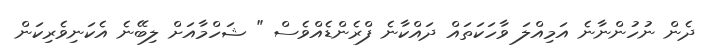
ދެން ނުހުންނާނެ އަމިއްލަ ވާހަކަތައް ދައްކާނެ ފްރެންޑެއްވެސް " ޝަހްމާއަށް ލިބޭނެ އެކަނިވެރިކަން